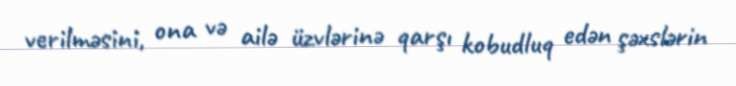
verilməsini, ona və ailə üzvlərinə qarşı kobudluq edən şəxslərin